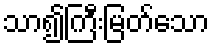
သာ၍ကြီးမြတ်သော